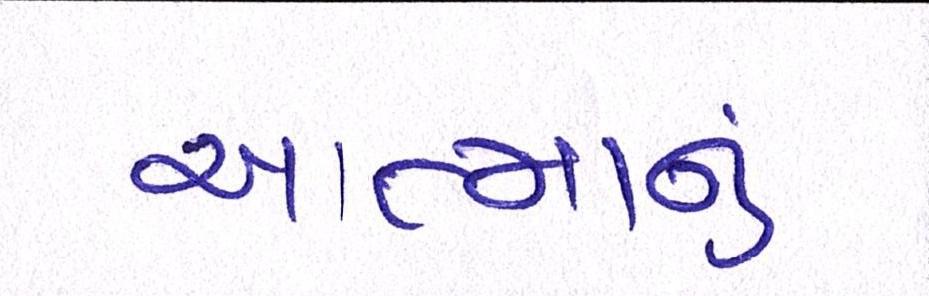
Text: આત્માનું